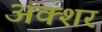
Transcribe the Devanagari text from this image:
अक्शर